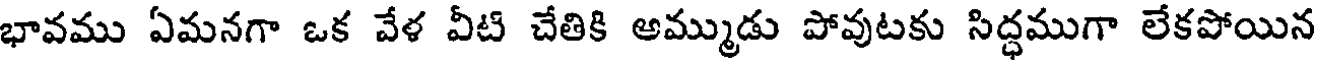
భావము ఏమనగా ఒక వేళ వీటి చేతికి అమ్ముడు పోవుటకు సిద్ధముగా లేకపోయిన